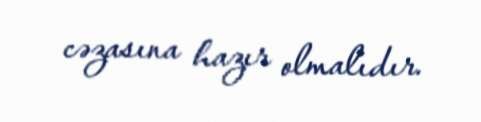
cəzasına hazır olmalıdır.